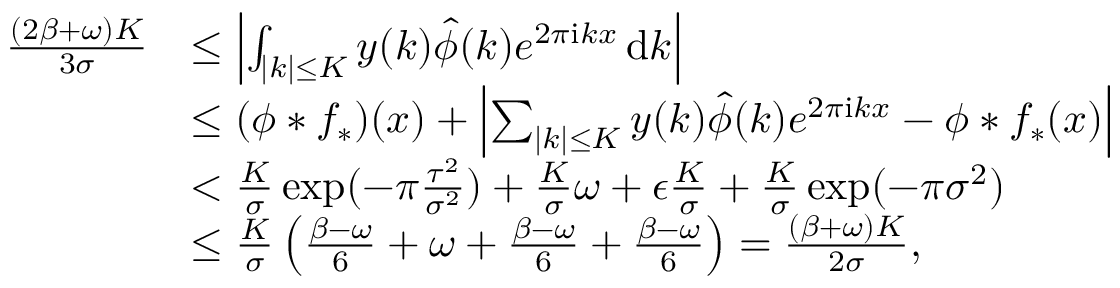
\begin{array} { r l } { \frac { ( 2 \beta + \omega ) K } { 3 \sigma } } & { \le \left| \int _ { | k | \le K } y ( k ) \hat { \phi } ( k ) e ^ { 2 \pi \mathrm { i } k x } \, \mathrm { d } k \right| } \\ & { \le ( \phi * f _ { * } ) ( x ) + \left| \sum _ { | k | \le K } y ( k ) \hat { \phi } ( k ) e ^ { 2 \pi \mathrm { i } k x } - \phi * f _ { * } ( x ) \right| } \\ & { < \frac { K } { \sigma } \exp ( - \pi \frac { \tau ^ { 2 } } { \sigma ^ { 2 } } ) + \frac { K } { \sigma } \omega + \epsilon \frac { K } { \sigma } + \frac { K } { \sigma } \exp ( - \pi \sigma ^ { 2 } ) } \\ & { \le \frac { K } { \sigma } \left( \frac { \beta - \omega } { 6 } + \omega + \frac { \beta - \omega } { 6 } + \frac { \beta - \omega } { 6 } \right) = \frac { ( \beta + \omega ) K } { 2 \sigma } , } \end{array}